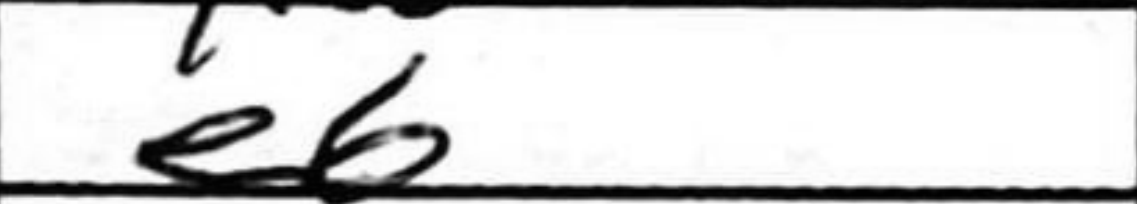
Transcription: e6